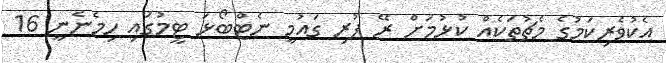
އެކުވެރިކަމުގެ މެޗުތަކެއް ކުޅުމަށް ރޭ ފުރި ގައުމީ ނެޓްބޯޅަ ޓީމުގައި ހިމެނެނީ 16